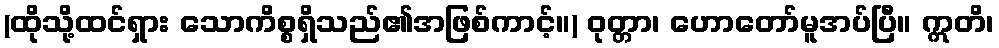
(ထိုသို့ထင်ရှား သောကိစ္စရှိသည်၏အဖြစ်ကာင့်။) ဝုတ္တာ၊ ဟောတော်မူအပ်ပြီ။ ဣတိ၊